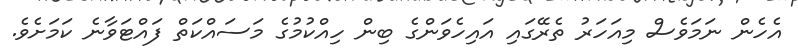
އެހެން ނަމަވެސް މިއަހަރު ތެރޭގައި އައިހެވަންގެ ބިން ހިއްކުމުގެ މަސައްކަތް ފައްޓަވާނެ ކަމަށެވެ.